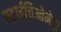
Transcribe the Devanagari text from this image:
स्टाईचिओमेट्रा